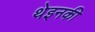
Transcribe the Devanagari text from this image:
थेइनकी